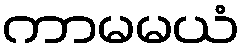
ကာမမယံ